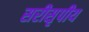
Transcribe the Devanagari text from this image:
सरीसृपीय